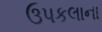
ઉપકલાના